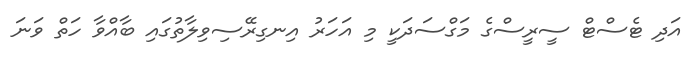
އަދި ޓެސްޓް ސީރީސްގެ މަގްސަދަކީ މި އަހަރު އިނގިރޭސިވިލާތުގައި ބާއްވާ ހަތް ވަނަ